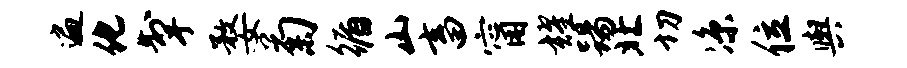
遍化掣婺菊循山畜甯耀踢北切凉位舆